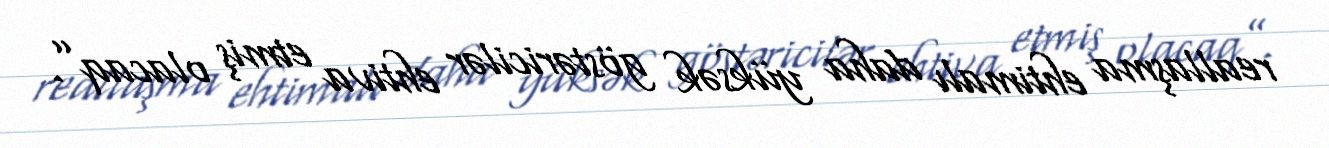
reallaşma ehtimalı daha yüksək göstəricilər ehtiva etmiş olacaq”.